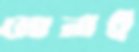
মোনাই